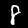
Label: 8